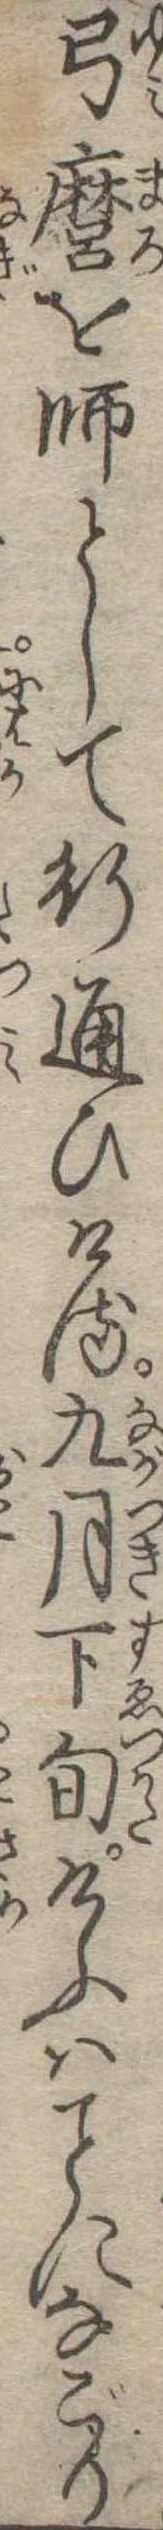
弓麿を師として行通ひける九月下旬けふはになごり